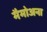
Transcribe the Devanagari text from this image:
मैमोअना